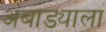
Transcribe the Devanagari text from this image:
अंबाड्याला